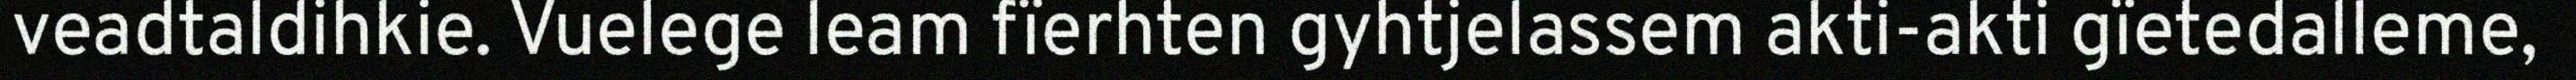
veadtaldihkie. Vuelege leam fïerhten gyhtjelassem akti-akti gïetedalleme,